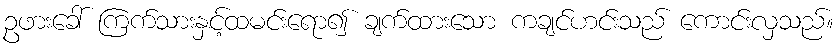
ဥဖားခေါ် ကြက်သားနှင့်ထမင်းရော၍ ချက်ထားသော ကချင်ဟင်းသည် ကောင်းလှသည်။